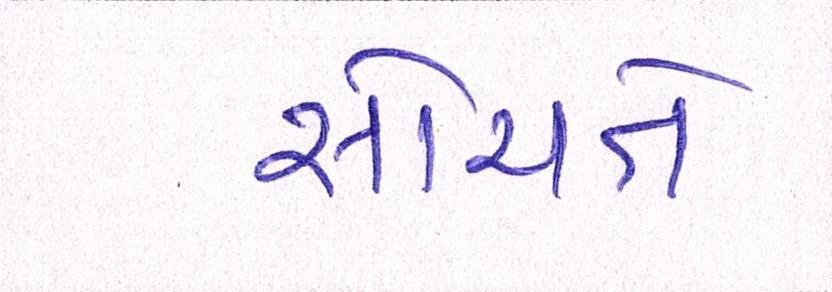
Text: સોચતે